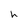
Character: h